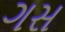
ગસ